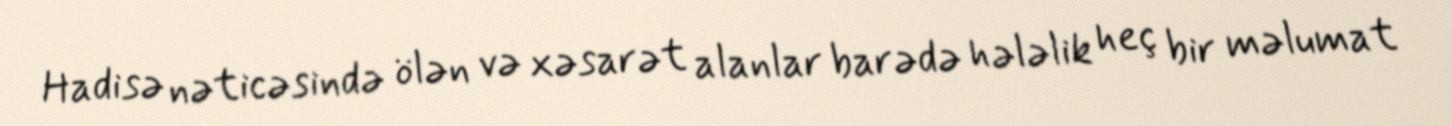
Hadisə nəticəsində ölən və xəsarət alanlar barədə hələlik heç bir məlumat